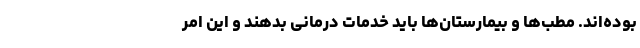
بوده‌اند. مطب‌ها و بیمارستان‌ها باید خدمات درمانی بدهند و این امر